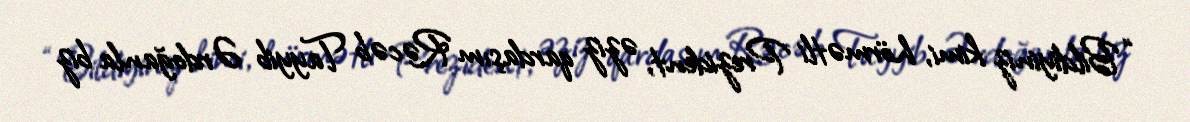
“Bildiyiniz kimi, hörmətli Prezident, əziz qardaşım Rəcəb Tayyib Ərdoğanla biz